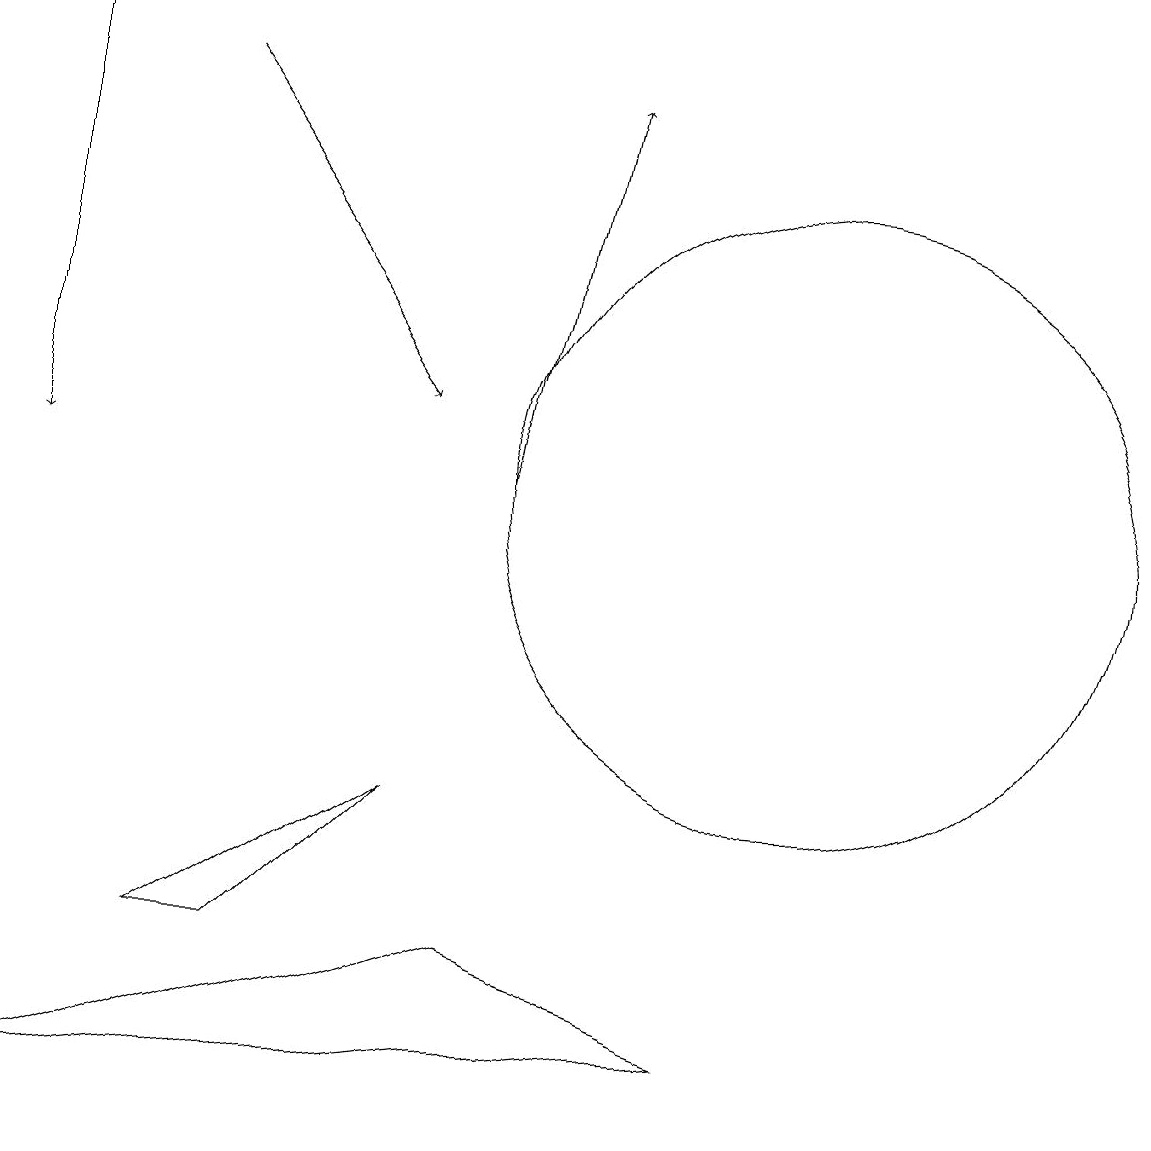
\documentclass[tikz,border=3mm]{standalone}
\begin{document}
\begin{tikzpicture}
\draw[->] (6,12) -- (7,17);
\draw (0,4) -- (6,6) -- (9,5) -- cycle;
\draw (2,6) -- (3,6) -- (5,8) -- cycle;
\draw (10,12) circle (4);
\draw[->] (2,17) -- (5,13);
\draw[->] (0,18) -- (0,12);
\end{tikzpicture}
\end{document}